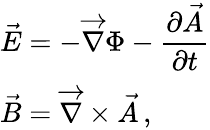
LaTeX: \begin{array}{l}{\displaystyle\vec{E}=-\overrightarrow{\nabla}\Phi-\frac{\partial\vec{A}}{\partial t}}\\ {\displaystyle\vec{B}=\overrightarrow{\nabla}\times\vec{A}\, ,}\end{array}